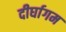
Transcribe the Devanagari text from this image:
दीर्घागम